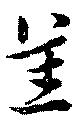
恙